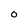
Character: O